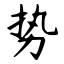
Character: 势